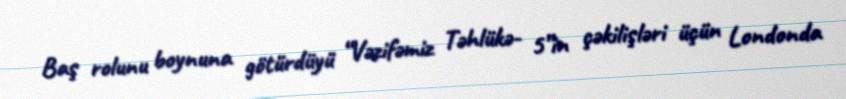
Baş rolunu boynuna götürdüyü “Vəzifəmiz Təhlükə- 5”in çəkilişləri üçün Londonda